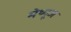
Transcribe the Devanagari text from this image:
मेथ्यूज